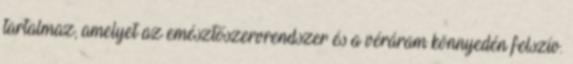
tartalmaz, amelyet az emésztőszervrendszer és a véráram könnyedén felszív.